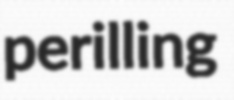
perilling